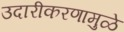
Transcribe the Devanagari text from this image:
उदारीकरणामुळे